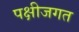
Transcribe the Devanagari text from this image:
पक्षीजगत